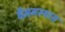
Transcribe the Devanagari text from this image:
वैमनस्यास